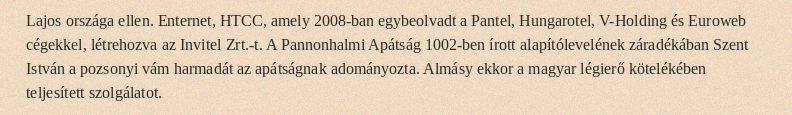
Lajos országa ellen. Enternet, HTCC, amely 2008-ban egybeolvadt a Pantel, Hungarotel, V-Holding és Euroweb cégekkel, létrehozva az Invitel Zrt.-t. A Pannonhalmi Apátság 1002-ben írott alapítólevelének záradékában Szent István a pozsonyi vám harmadát az apátságnak adományozta. Almásy ekkor a magyar légierő kötelékében teljesített szolgálatot.